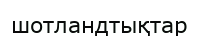
шотландтықтар